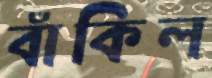
বাঁকিল